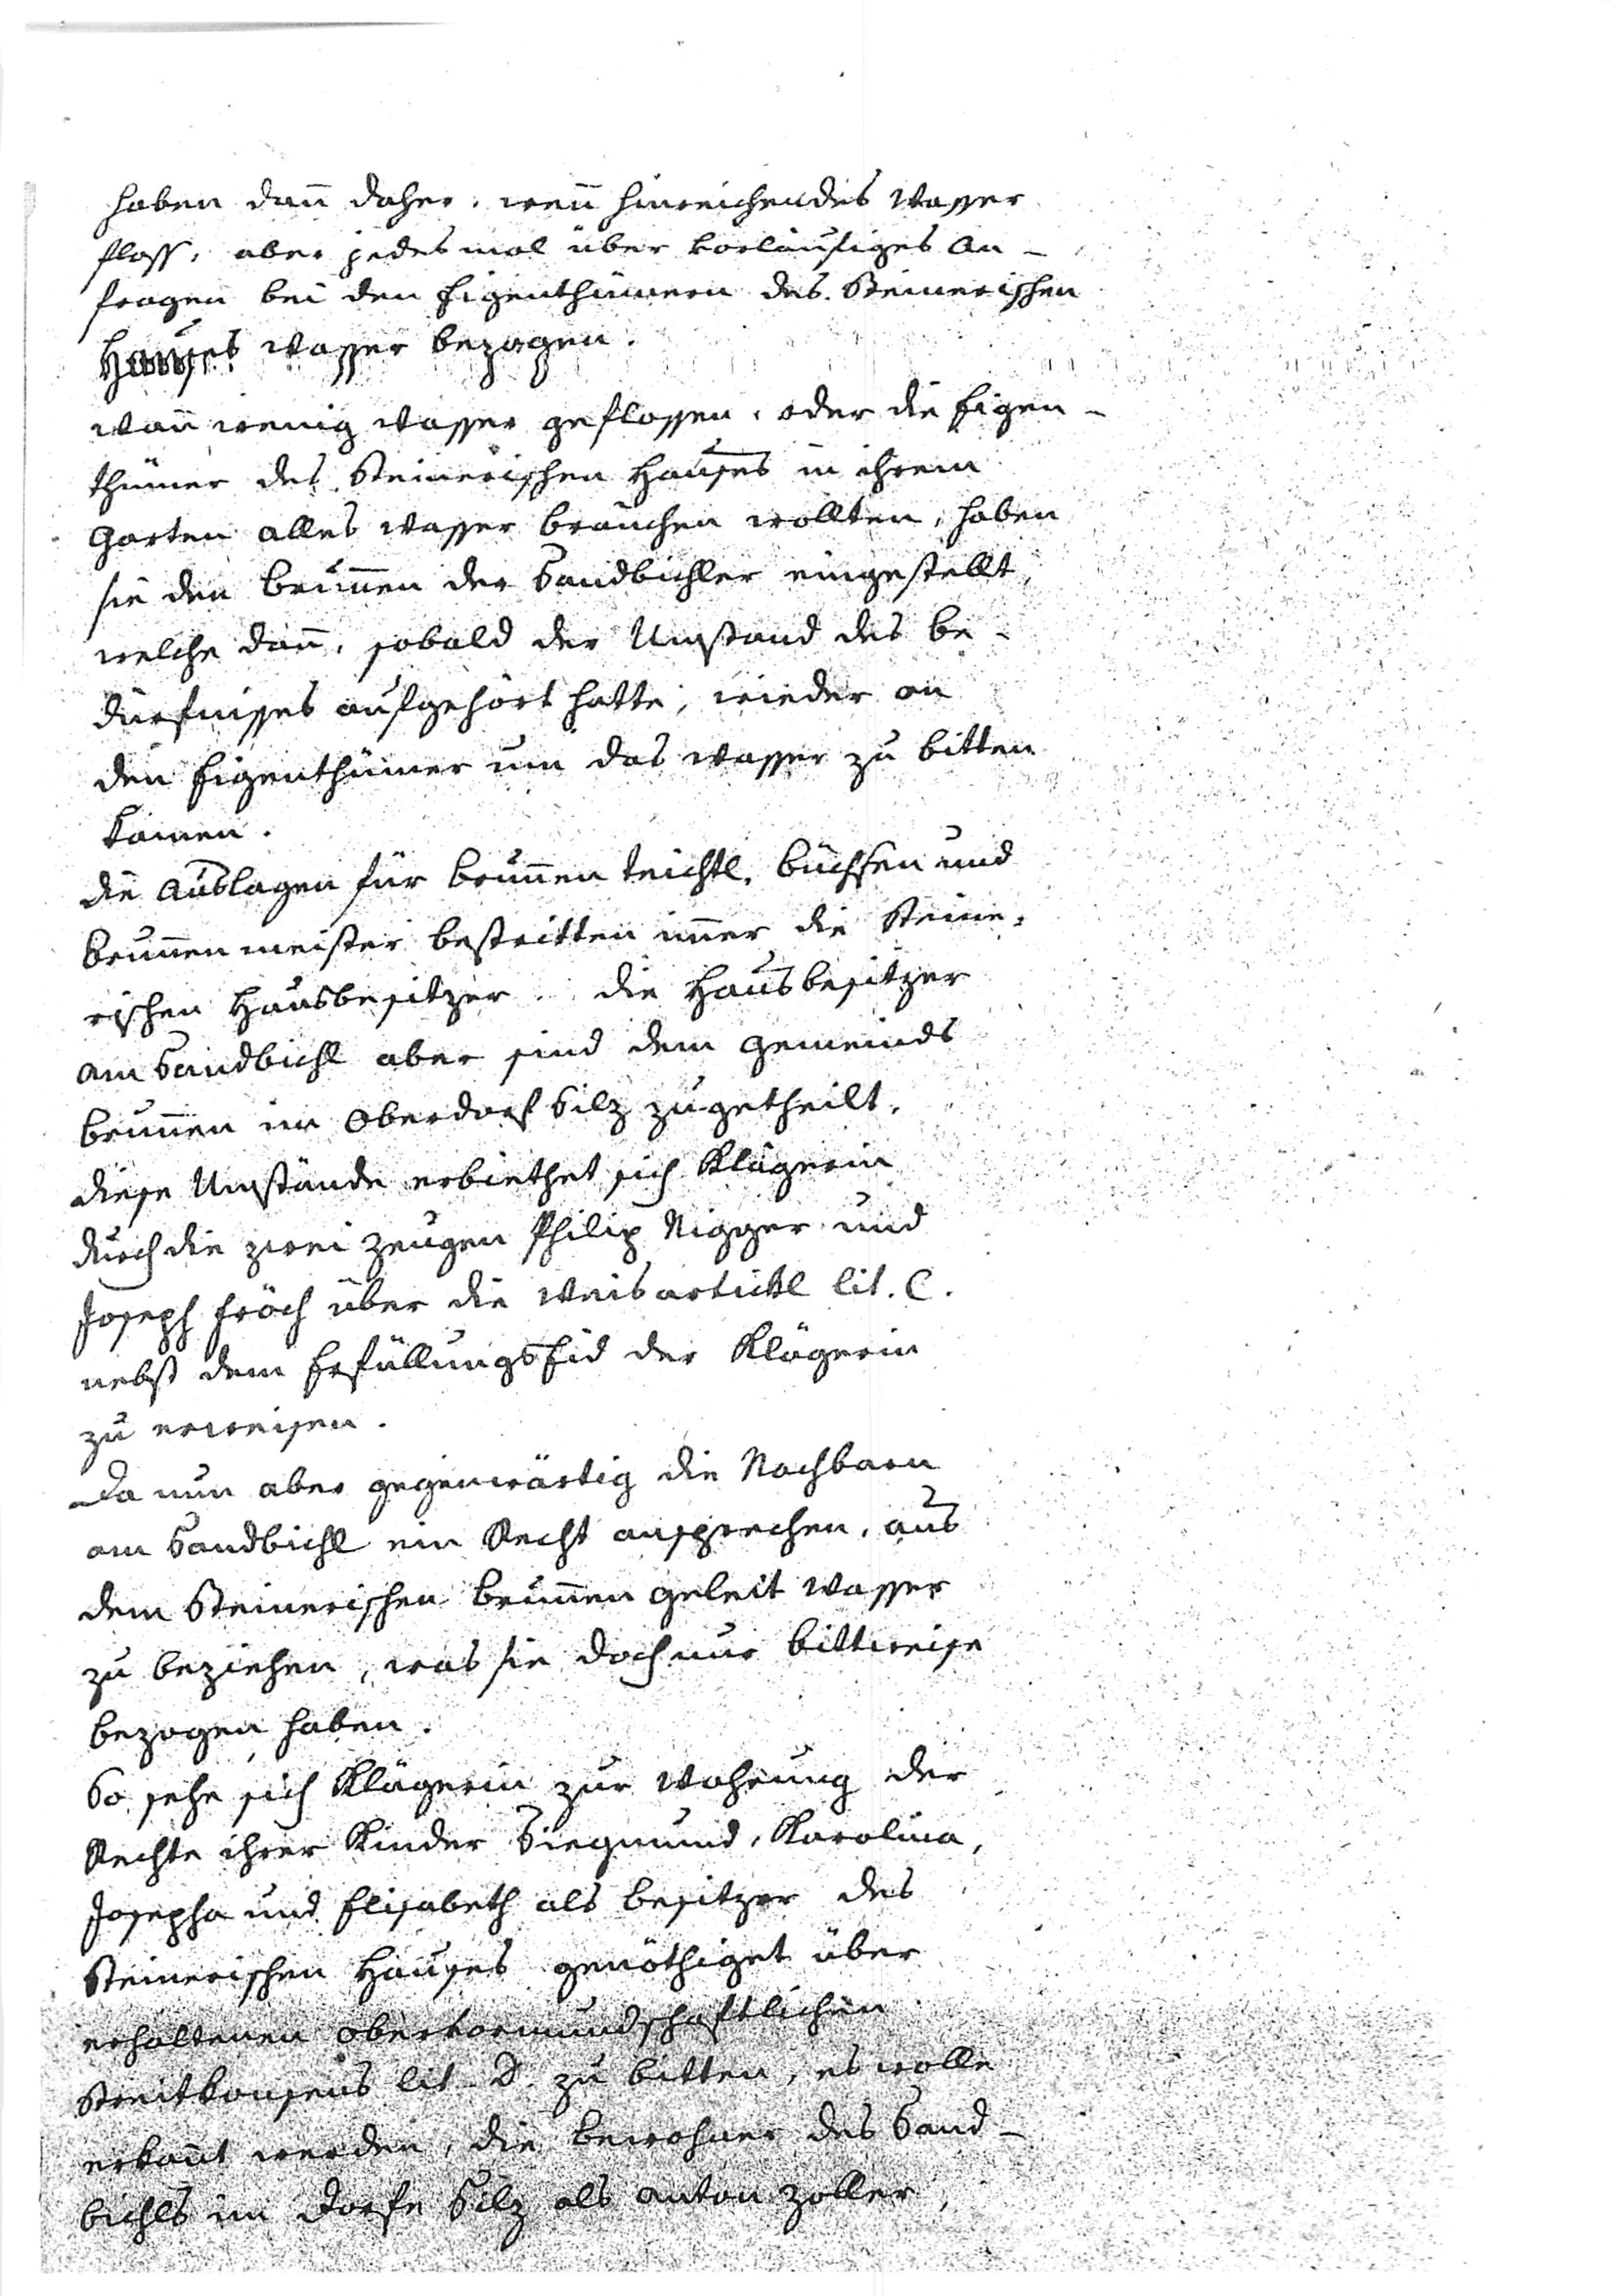
haben dann daher, wenn hinreichendes Wasser
floss, aber jedes mal über vorläufiges An¬
fragen bei den Eigenthümern des steinerischen
Hauses Wasser bezogen.
Wann wenig Wasser geflossen, oder die Eigen¬
thümer des steinerischen Hauses in ihrem
Garten alles Wasser brauchen wollten, haben
sie den Brunnen der Sandbichler eingestellt,
welche dann, sobald der Umstand des Be¬
dürfnisses aufgehört hatte, wieder an
den Eigenthümer um das Wasser zu bitten
kamen.
Die Auslagen für Brunnenteichtl, Büchsen und
Brunnenmeister bestritten immer die steine¬
rischen Hausbesitzer.  Die Hausbesitzer
am Sandbichl aber sind dem Gemeinds
Brunnen im Oberdorf Silz zugetheilt.
Diese Umstände erbiethet sich Klägerin
durch die zwei Zeugen Philip Stigger und
Joseph Fröch über die Weis artickl lit. C.
nebst dem Erfüllungseid der Klägerin
zu erweisen.
Da nun aber gegenwärtig die Nachbarn
am Sandbichl ein Recht ansprechen, aus
dem steinerischen Brunnen geleit Wasser
zu beziehen, was sie doch nur bittweise
bezogen haben.
So sehe sich Klägerin zur Wahrung der
Rechte ihrer Kinder Siegmund, Rosalina,
Josepha und Elisabeth als Besitzer des
steinerischen Hauses genöthiget über
erhaltenen obervormundsschaftlichen
Streitkonsens lit. D. zu bitten, es wolle
erkannt werden, die Bewohner des Sand¬
bichls im Dorfe Silz als Anton Zoller